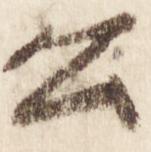
公